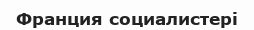
Франция социалистері